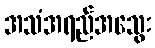
အသံအရည်အသွေး